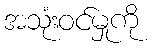
အသုံးဝင်မှုကို